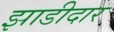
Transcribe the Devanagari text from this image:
झाडीदार